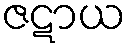
ဇဋာယ